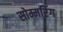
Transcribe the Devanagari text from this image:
सोम्मरिंग